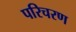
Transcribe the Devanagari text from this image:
परिचरण